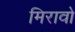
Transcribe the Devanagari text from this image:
मिरावो